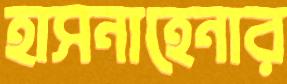
হাসনাহেনার